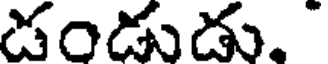
డండుడు.